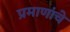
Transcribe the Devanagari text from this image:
प्रमाणांचे